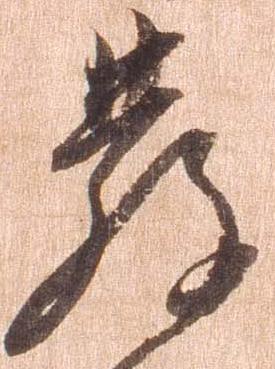
発